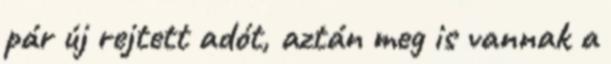
pár új rejtett adót, aztán meg is vannak a